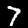
Label: 7